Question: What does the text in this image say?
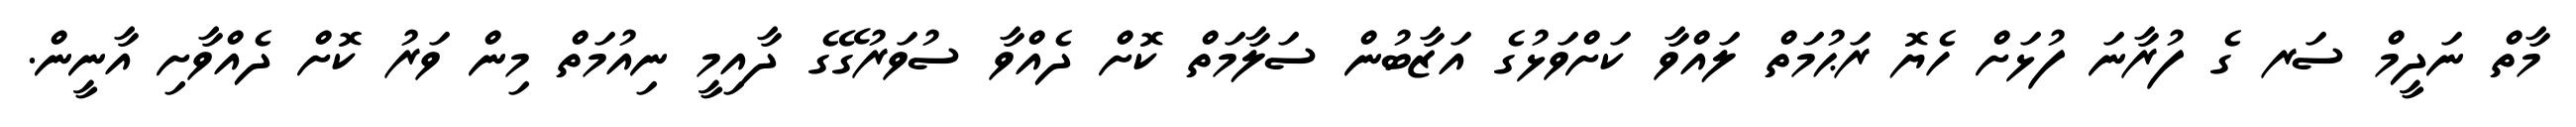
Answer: މާތް ނަދީމް ސަރ ގެ ފުރާނަ ފުޅަށް ހެޔޮ ރަޙުމަތް ލައްވާ ކަށްވަޅުގެ އަޒާބުން ސަލާމަތް ކޮށް ދެއްވާ ސުވަރުގޭގެ ދާއިމީ ނިއުމަތް މިން ވަރު ކޮށް ދެއްވާށި އާނީން.